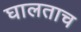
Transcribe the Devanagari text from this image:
घालताच